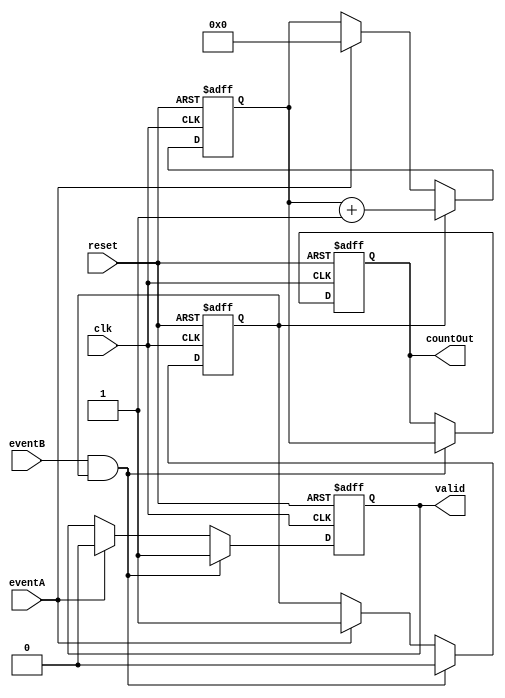
module SingleShotTDC (
    input wire clk,               // High-frequency clock
    input wire reset,             // Asynchronous reset
    input wire eventA,            // Start event
    input wire eventB,            // Stop event
    output reg [31:0] countOut,   // Measured time in clock cycles
    output reg valid              // Indicate valid measurement
);
    // State definitions
    reg counting;                 // Counting state
    reg [31:0] counter;           // 32-bit counter

    // Asynchronous reset and event handling
    always @(posedge clk or posedge reset) begin
        if (reset) begin
            counting <= 1'b0;       // Reset counting state
            counter <= 32'b0;       // Clear counter
            countOut <= 32'b0;      // Clear output value
            valid <= 1'b0;          // Invalid measurement
        end else begin
            if (eventA) begin
                counting <= 1'b1;    // Start counting on Event A
                counter <= 32'b0;    // Reset counter
                valid <= 1'b0;        // Reset valid flag
            end
            
            if (counting) begin
                counter <= counter + 1; // Increment counter while counting
            end
            
            if (eventB && counting) begin
                counting <= 1'b0;    // Stop counting on Event B
                countOut <= counter; // Store the count value
                valid <= 1'b1;       // Set valid flag
            end
        end
    end
endmodule